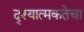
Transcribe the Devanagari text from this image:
दृश्यात्मकतेचा